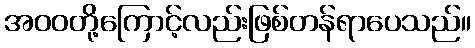
အဝဝတို့ကြောင့်လည်းဖြစ်တန်ရာပေသည်။